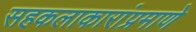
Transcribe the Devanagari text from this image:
सहकलाकारांप्रमाणे